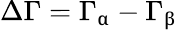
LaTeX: \Delta\Gamma=\Gamma_{\upalpha}-\Gamma_{\upbeta}